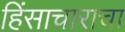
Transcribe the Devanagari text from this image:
हिंसाचाराचा